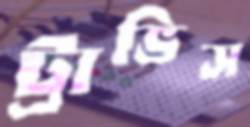
ট্রাভিস